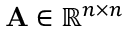
\mathbf { A } \in \mathbb { R } ^ { n \times n }